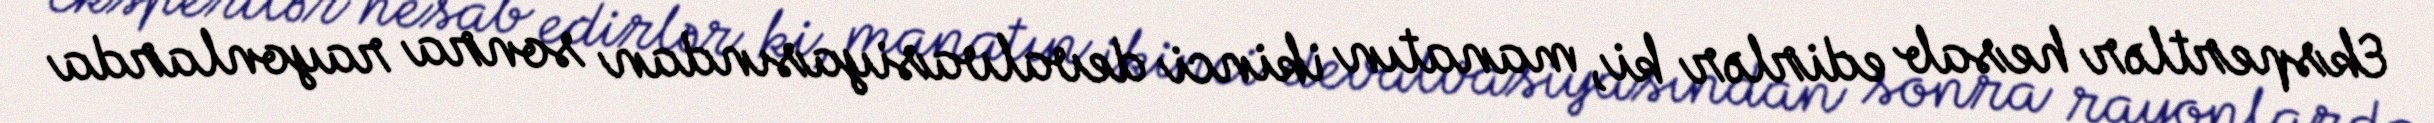
Ekspertlər hesab edirlər ki, manatın ikinci devalvasiyasından sonra rayonlarda